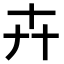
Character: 𠦄